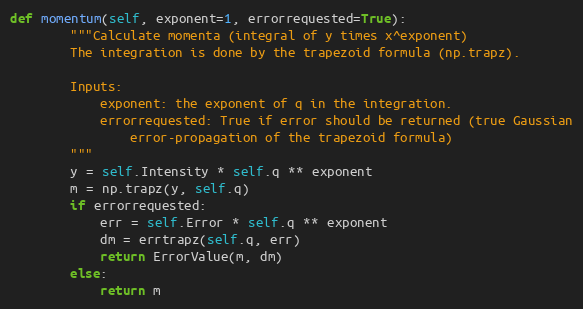
Language: Python
def momentum(self, exponent=1, errorrequested=True):
        """Calculate momenta (integral of y times x^exponent)
        The integration is done by the trapezoid formula (np.trapz).

        Inputs:
            exponent: the exponent of q in the integration.
            errorrequested: True if error should be returned (true Gaussian
                error-propagation of the trapezoid formula)
        """
        y = self.Intensity * self.q ** exponent
        m = np.trapz(y, self.q)
        if errorrequested:
            err = self.Error * self.q ** exponent
            dm = errtrapz(self.q, err)
            return ErrorValue(m, dm)
        else:
            return m